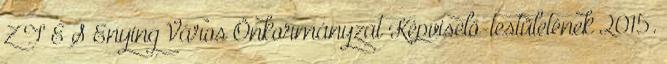
Z T É S Enying Város Önkormányzat Képviselő-testületének 2015.